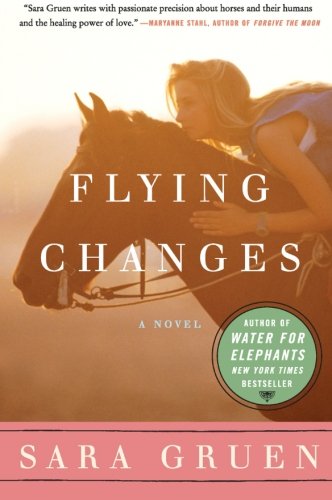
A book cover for Flying Changes: A Novel (Riding Lessons); Sara Gruen; Literature & Fiction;